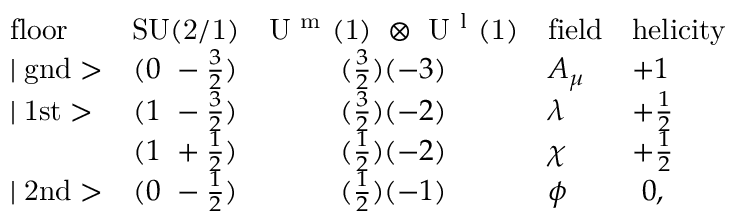
\begin{array} { l c c l l } { { \mathrm { f l o o r } } } & { { \mathrm { S U ( 2 / 1 ) } } } & { { \mathrm { U ~ ^ { m } ~ ( 1 ) ~ \otimes ~ U ~ ^ { l } ~ ( 1 ) } } } & { { \mathrm { f i e l d } } } & { { \mathrm { h e l i c i t y } } } \\ { { \mid \mathrm { g n d } > } } & { { ( 0 ~ - \frac { 3 } { 2 } ) } } & { { ( \frac { 3 } { 2 } ) ( - 3 ) } } & { { A _ { \mu } } } & { { + 1 } } \\ { { \mid \mathrm { 1 s t } > } } & { { ( 1 ~ - \frac { 3 } { 2 } ) } } & { { ( \frac { 3 } { 2 } ) ( - 2 ) } } & { { \lambda } } & { { + \frac { 1 } { 2 } } } \\ { { } } & { { ( 1 ~ + \frac { 1 } { 2 } ) } } & { { ( \frac { 1 } { 2 } ) ( - 2 ) } } & { { \chi } } & { { + \frac { 1 } { 2 } } } \\ { { \mid \mathrm { 2 n d } > } } & { { ( 0 ~ - \frac { 1 } { 2 } ) } } & { { ( \frac { 1 } { 2 } ) ( - 1 ) } } & { { \phi } } & { { ~ 0 , } } \end{array}